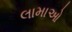
લામાઓ